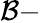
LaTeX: \mathcal{B}-